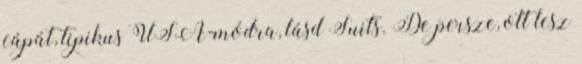
cápát, tipikus USA-módra, lásd Suits. De persze, ott lesz